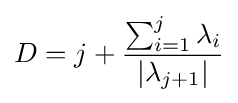
D=j+{\frac {\sum _{i=1}^{j}\lambda _{i}}{|\lambda _{j+1}|}}